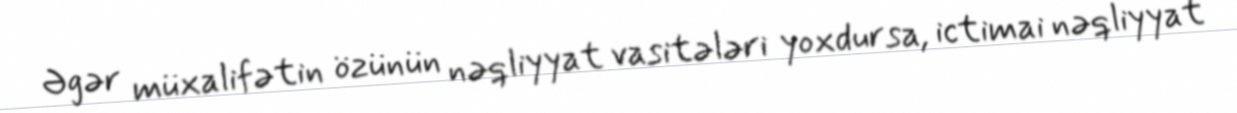
Əgər müxalifətin özünün nəqliyyat vasitələri yoxdursa, ictimai nəqliyyat